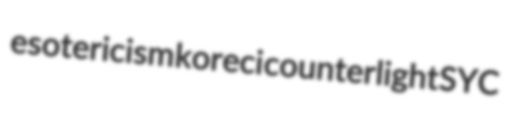
esotericism koreci counterlight SYC